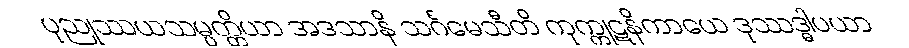
ပုညုဿယသမ္ပတ္တိယာ အဒသာနိ သင်္ဂမေသီတိ ကုက္ကုဋနိကာယေ ဒုဿဒ္ဓါပယာ